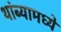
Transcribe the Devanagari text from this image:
थांब्यामध्ये